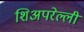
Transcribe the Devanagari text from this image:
शिअपरेल्ली